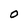
Character: O